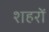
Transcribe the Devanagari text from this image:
शहरों